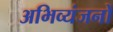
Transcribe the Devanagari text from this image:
अभिव्यंजनों